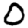
Digit: 0